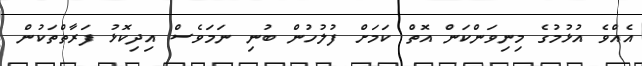
އެއްވެ އުޅުމުގެ މިނިވަންކަން އޮތް ކަމަށް ފުލުހުން ބުނި ނަމަވެސް އިދިކޮޅު ފަރާތްތަކުން